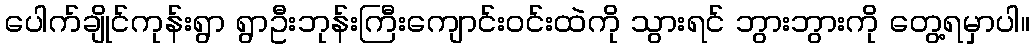
ပေါက်ချိုင်ကုန်းရွာ ရွာဦးဘုန်းကြီးကျောင်းဝင်းထဲကို သွားရင် ဘွားဘွားကို တွေ့ရမှာပါ။